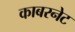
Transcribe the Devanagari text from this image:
काबरनेट